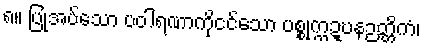
၈။ ပြုအပ်သော ပဝါရဏာကိုငင်သော ပစ္စုက္ကဍ္ဎနဉတ္တိကံ၊